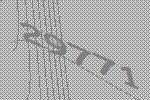
29771